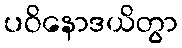
ပဝိနောဒယိတွာ